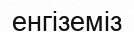
енгіземіз